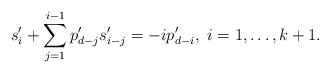
LaTeX: \begin{align*} s_i'+\sum_{j=1}^{i-1}p'_{d-j}s'_{i-j}=-ip'_{d-i},~i=1,\dots,k+1. \end{align*}